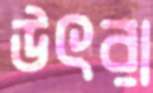
উৎরা